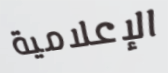
الإعلامية